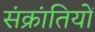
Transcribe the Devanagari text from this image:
संक्रांतियों